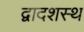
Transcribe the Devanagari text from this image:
द्वादशस्थ